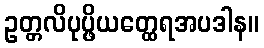
ဥတ္တလိပုပ္ဖိယတ္ထေရအပဒါန။